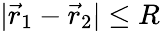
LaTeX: |\vec{r}_{1}-\vec{r}_{2}|\le R